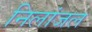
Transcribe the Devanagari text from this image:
निलांजल